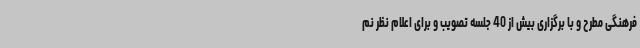
فرهنگی مطرح و با برگزاری بیش از 40 جلسه تصویب و برای اعلام نظر نم